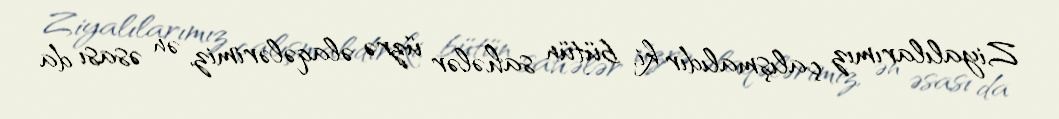
Ziyalılarımız çalışmalıdır ki, bütün sahələr üzrə əlaqələrimiz, ən əsası da